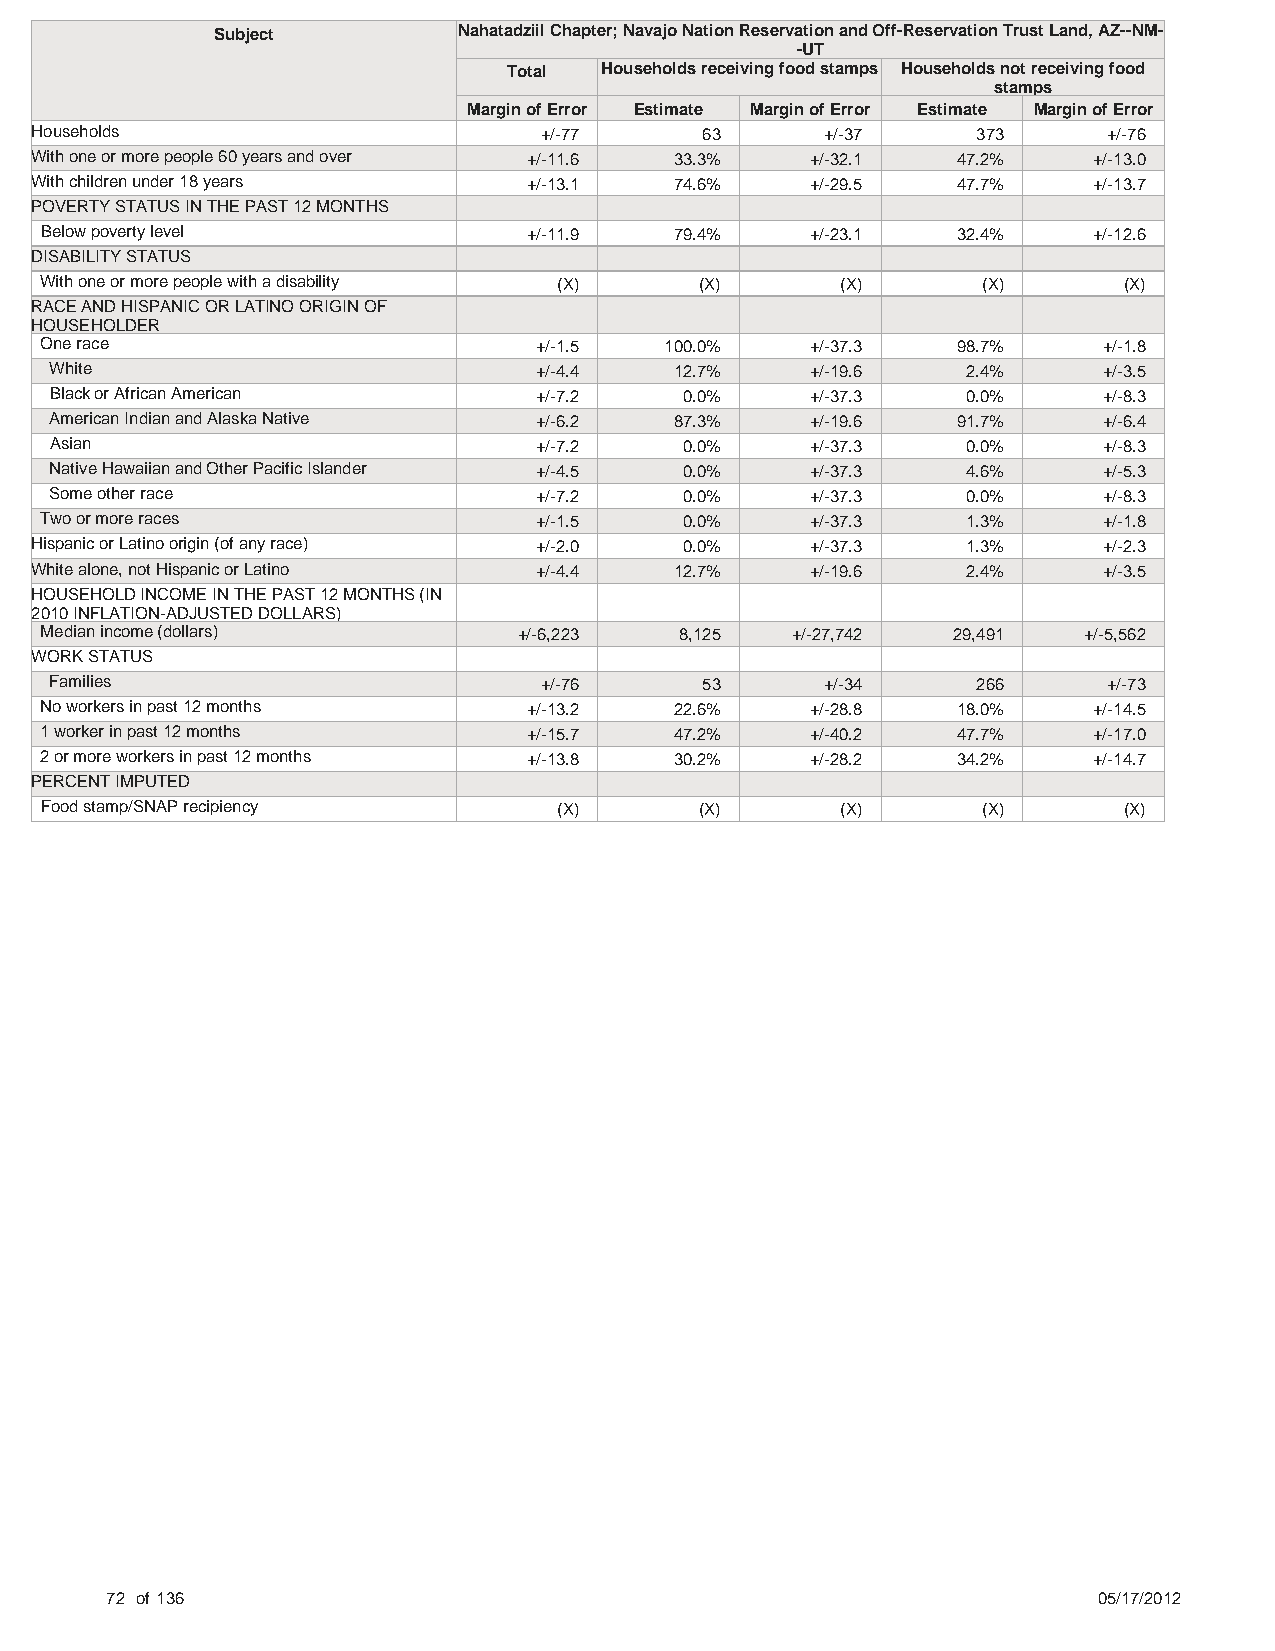
Subject         Nahatadziil Chapter; Navajo Nation Reservation and Off-Reservation Trust Land, AZ--NM-
 -UT
 Total Households receiving food stamps Households not receiving food
 stamps
 Margin of Error Estimate Margin of Error Estimate Margin of Error
 Households                        +/-77     63       +/-37     373     +/-76
 With one or more people 60 years and over +/-11.6 33.3% +/-32.1 47.2% +/-13.0
 With children under 18 years     +/-13.1   74.6%    +/-29.5  47.7%    +/-13.7
 POVERTY STATUS IN THE PAST 12 MONTHS
 Below poverty level             +/-11.9   79.4%    +/-23.1  32.4%    +/-12.6
 DISABILITY STATUS
 With one or more people with a disability (X) (X)    (X)      (X)      (X)
 RACE AND HISPANIC OR LATINO ORIGIN OF
 HOUSEHOLDER
 One race                        +/-1.5   100.0%    +/-37.3  98.7%     +/-1.8
 White                           +/-4.4    12.7%    +/-19.6   2.4%     +/-3.5
 Black or African American       +/-7.2    0.0%     +/-37.3   0.0%     +/-8.3
 American Indian and Alaska Native +/-6.2  87.3%    +/-19.6  91.7%     +/-6.4
 Asian                           +/-7.2    0.0%     +/-37.3   0.0%     +/-8.3
 Native Hawaiian and Other Pacific Islander +/-4.5 0.0% +/-37.3 4.6%   +/-5.3
 Some other race                 +/-7.2    0.0%     +/-37.3   0.0%     +/-8.3
 Two or more races               +/-1.5    0.0%     +/-37.3   1.3%     +/-1.8
 Hispanic or Latino origin (of any race) +/-2.0 0.0% +/-37.3   1.3%     +/-2.3
 White alone, not Hispanic or Latino +/-4.4 12.7%    +/-19.6   2.4%     +/-3.5
 HOUSEHOLD INCOME IN THE PAST 12 MONTHS (IN
 2010 INFLATION-ADJUSTED DOLLARS)
 Median income (dollars)        +/-6,223   8,125  +/-27,742  29,491   +/-5,562
 WORK STATUS
 Families                         +/-76     53       +/-34     266     +/-73
 No workers in past 12 months    +/-13.2   22.6%    +/-28.8  18.0%    +/-14.5
 1 worker in past 12 months      +/-15.7   47.2%    +/-40.2  47.7%    +/-17.0
 2 or more workers in past 12 months +/-13.8 30.2%  +/-28.2  34.2%    +/-14.7
 PERCENT IMPUTED
 Food stamp/SNAP recipiency        (X)      (X)       (X)      (X)      (X)
 72 of 136                                                         05/17/2012